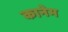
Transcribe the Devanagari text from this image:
कानेम